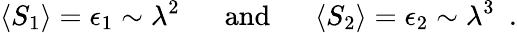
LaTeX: \langle S_{1}\rangle=\epsilon_{1}\sim\lambda^{2}\, \, \, \, \, \, \, \, \mathrm{~and~}\, \, \, \, \, \, \, \, \langle S_{2}\rangle=\epsilon_{2}\sim\lambda^{3}\, \, \, .